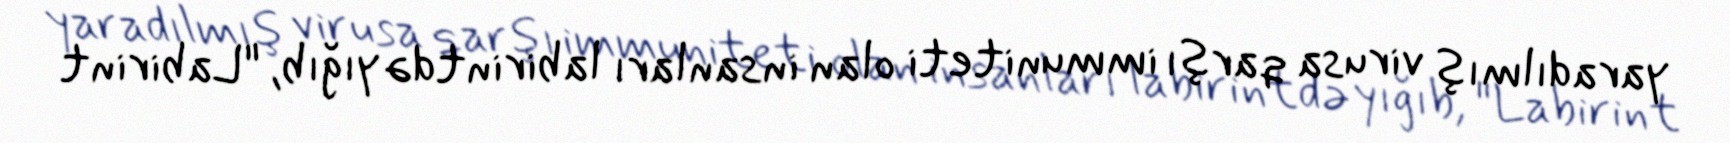
yaradılmış virusa qarşı immuniteti olan insanları labirintdə yığıb, "Labirint